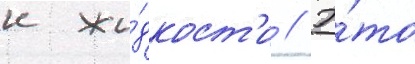
к жи́дкост'и // Э́то